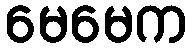
မေမေက